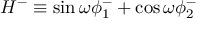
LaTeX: H ^ { - } \equiv \sin \omega \phi _ { 1 } ^ { - } + \cos \omega \phi _ { 2 } ^ { - }